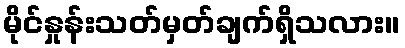
မိုင်နှုန်းသတ်မှတ်ချက်ရှိသလား။